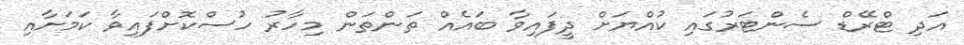
އަދި ޓްރޭޑް ސެންޓަރުގައި ކުއްޔަށް ދީފައިވާ ބައެއް ތަންތަން މިހާރު ހުސްކޮށްފައިވާ ކަަމަށާއި